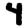
Digit: 4